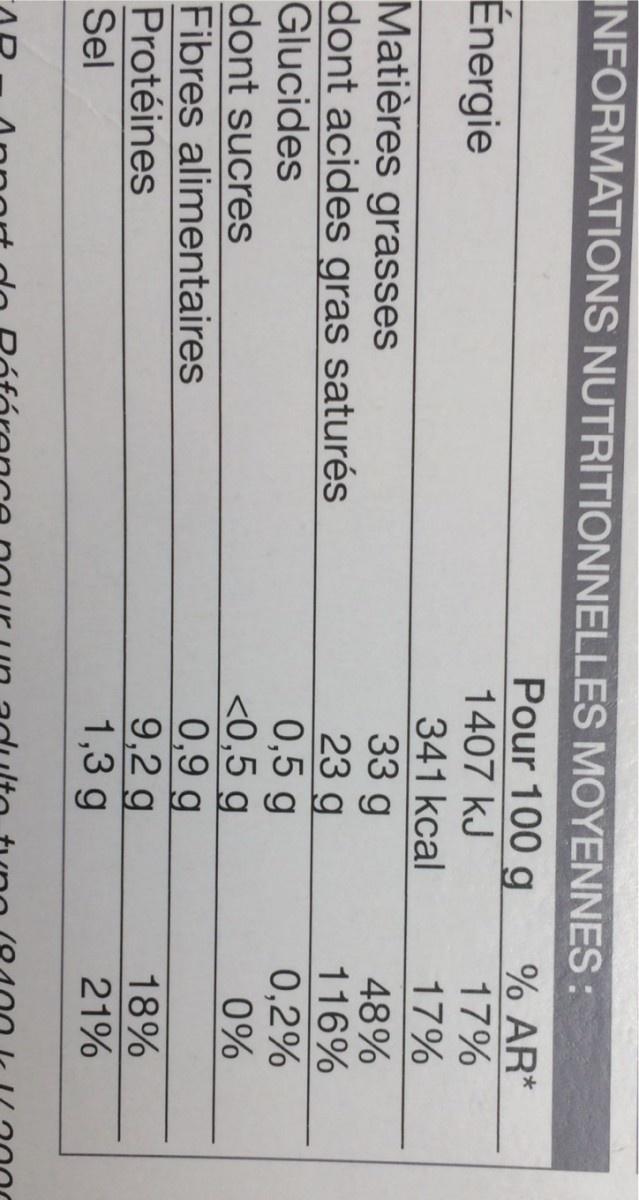
INFORMATIONS NUTRITIONNELLES MOYENNES :
Pour 100 g
% AR* 17%
1407 kJ 341 kcal 33 g 23 g 0,5 g <0,5 g 0,9 g 9,2 g 1,3 g
Énergie
17%
48% 116%
Matières grasses dont acides gras saturés Glucides dont sucres Fibres alimentaires Protéines Sel
0,2% 0%
18% 21%